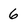
Character: 6